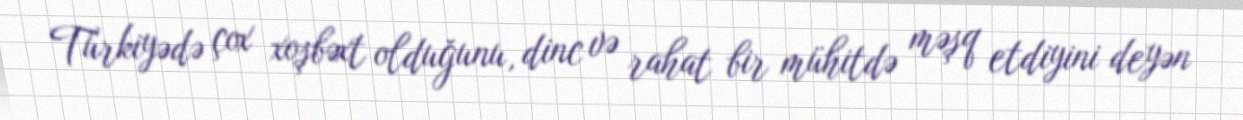
Türkiyədə çox xoşbəxt olduğunu, dinc və rahat bir mühitdə məşq etdiyini deyən